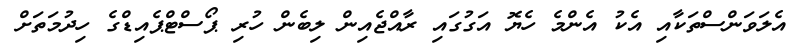
އެލަވަންސްތަކާއި އެކު އެންމެ ހެޔޮ އަގުގައި ރާއްޖެއިން ލިބެން ހުރި ޕޯސްޓްޕެއިޑްގެ ހިދުމަތަށް